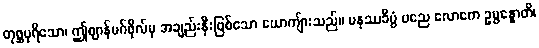
တုစ္ဆပုရိသော၊ ဤဈာန်မဂ်ဖိုလ်မှ အချည်းနှီးဖြစ်သော ယောကျ်ားသည်။ မနုဿခီပ္ပံ မညေ လောကေ ဥပ္ပန္နောတိ၊